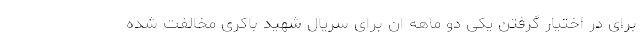
برای در اختیار گرفتن یکی دو ماهه ان برای سریال شهید باکری مخالفت شده